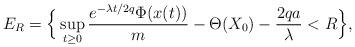
LaTeX: \begin{align*} E_{R}=\Big\{\sup_{t\geq 0}\frac{e^{-\lambda t/2q}\Phi(x(t))}{m}-\Theta(X_0)-\frac{2qa}{\lambda}< R\Big\},\end{align*}